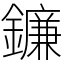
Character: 鐮